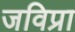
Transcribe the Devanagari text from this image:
जविप्रा